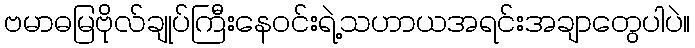
ဗမာဓမြဗိုလ်ချုပ်ကြီးနေဝင်းရဲ့သဟာယအရင်းအချာတွေပါပဲ။